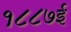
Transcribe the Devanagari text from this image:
१८८७ई